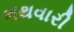
ભથવારી